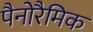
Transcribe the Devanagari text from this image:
पैनोरैमिक